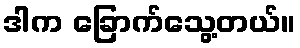
ဒါက ခြောက်သွေ့တယ်။